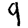
Digit: 9